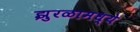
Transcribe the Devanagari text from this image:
झुरळामध्ये